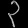
Digit: ၃